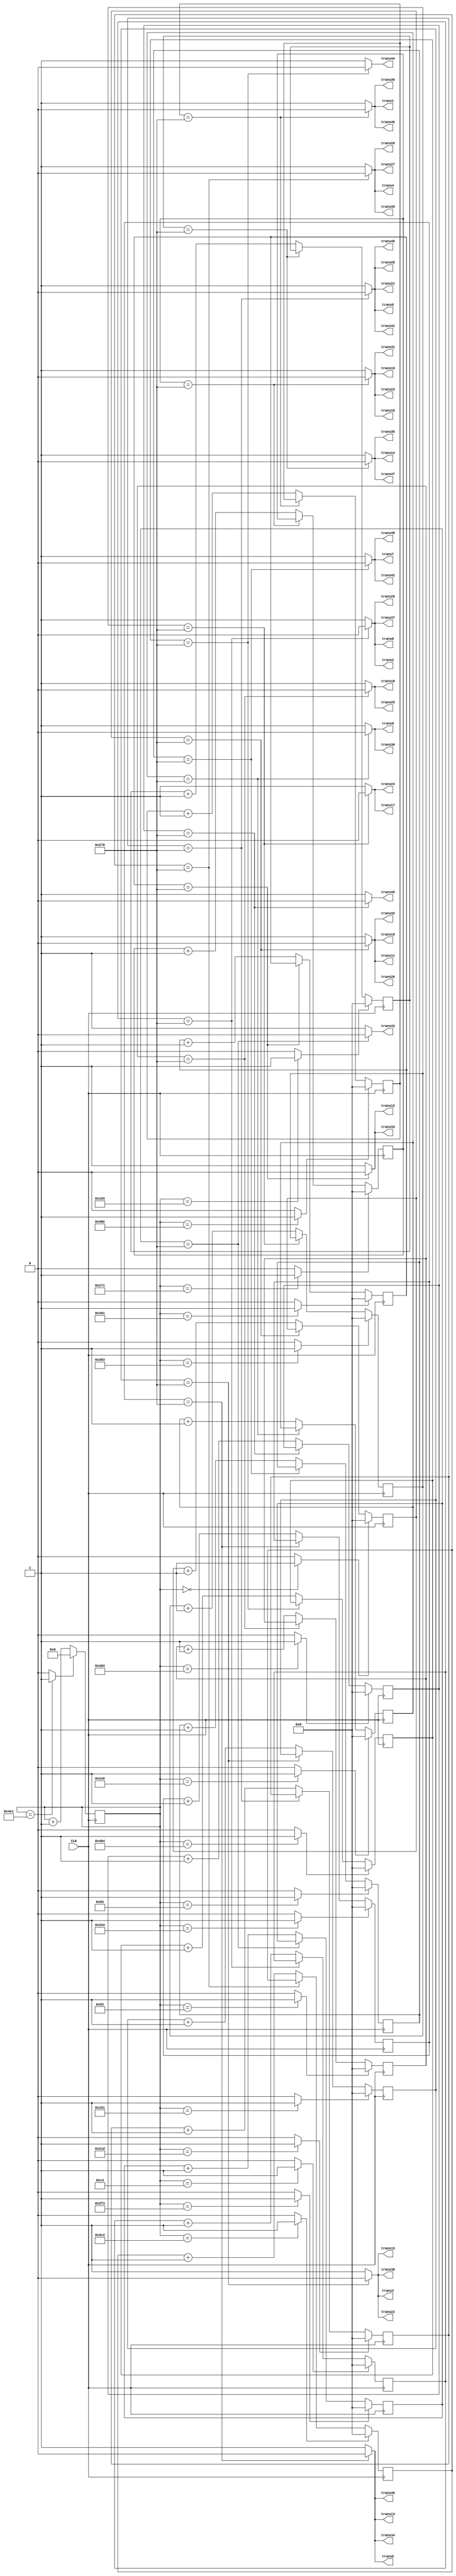
`timescale 1ns / 1ps
//////////////////////////////////////////////////////////////////////////////////
// Company: 
// Engineer: 
// 
// Design Name: 
// Module Name:    twin_trap_fixed_Verilog 
// Project Name: 
// Target Devices: 
// Tool versions: 
// Description: 
//
// Dependencies: 
//
// Revision: 
// Revision 0.01 - File Created
// Additional Comments: 
//
//////////////////////////////////////////////////////////////////////////////////
module twin_trap_fixed_Verilog(
	input CLK,
    output trans1,
    output trans2,
	 output trans3,
	 output trans4,
	 output trans5,
	 output trans6,
	 output trans7,
	 output trans8,
	 output trans9,
	 output trans10,
	 output trans11,
	 output trans12,
	 output trans13,
	 output trans14,
	 output trans15,
	 output trans16,
	 output trans17,
	 output trans18,
	 output trans19,
	 output trans20,
	 output trans21,
	 output trans22,
	 output trans23,
	 output trans24,
	 output trans25,
	 output trans26,
	 output trans27,
	 output trans28,
	 output trans29,
	 output trans30,
	 output trans31,
	 output trans32,
	 output trans33,
	 output trans34,
	 output trans35,
	 output trans36,
	 output trans37,
	 output trans38,
	 output trans39,
	 output trans40,
	 output trans41,
	 output trans42,
	 output trans43,
	 output trans44,
	 output trans45,
	 output trans46,
	 output trans47,
	 output trans48,
	 output trans49
    );

	//define signals
	reg [10:0] pwm_base_reg = 11'h000;
	reg [9:0] pwm1_duty_reg = 10'h000;
	reg [9:0] pwm2_duty_reg = 10'h000;
	reg [9:0] pwm3_duty_reg = 10'h000;
	reg [9:0] pwm4_duty_reg = 10'h000;
	reg [9:0] pwm5_duty_reg = 10'h000;
	reg [9:0] pwm6_duty_reg = 10'h000;
	reg [9:0] pwm7_duty_reg = 10'h000;
	reg [9:0] pwm8_duty_reg = 10'h000;
	reg [9:0] pwm9_duty_reg = 10'h000;
	reg [9:0] pwm10_duty_reg = 10'h000;
	reg [9:0] pwm11_duty_reg = 10'h000;	
	reg [9:0] pwm12_duty_reg = 10'h000;	
	reg [9:0] pwm13_duty_reg = 10'h000;
	reg [9:0] pwm14_duty_reg = 10'h000;
	reg [9:0] pwm15_duty_reg = 10'h000;
	reg [9:0] pwm16_duty_reg = 10'h000;
	reg [9:0] pwm17_duty_reg = 10'h000;
	
	reg [6:0] base_cycle_counter_reg = 7'h00;
	reg [15:0] count_base_reg = 16'h0000;
	
	wire pwm1;
	wire pwm2;
	wire pwm3;
	wire pwm4;
	wire pwm5;
	wire pwm6;
	wire pwm7;
	wire pwm8;
	wire pwm9;
	wire pwm10;
	wire pwm11;
	wire pwm12;
	wire pwm13;
	wire pwm14;
	wire pwm15;
	wire pwm16;
	wire pwm17;
	
	wire pwm1_out;
	wire pwm2_out;
	wire pwm3_out;
	wire pwm4_out;
	wire pwm5_out;
	wire pwm6_out;
	wire pwm7_out;
	wire pwm8_out;
	wire pwm9_out;
	wire pwm10_out;
	wire pwm11_out;
	wire pwm12_out;
	wire pwm13_out;
	wire pwm14_out;
	wire pwm15_out;
	wire pwm16_out;
	wire pwm17_out;
	wire pwmbp;
	

	//PWM Base Cycle Generate
	/* Calculation
		base count = 50[MHz] / 40 [kHz] = 1250
		0 ~ 1249 -> 1250 count
	*/
	always @(posedge CLK) begin  //CB16RE
		if (pwmbp == 1'b1) begin  //R:pwmbp
			pwm_base_reg <= 11'h000;  //h:hexadecimal, assign 0 to all bits
		end
		else begin
			pwm_base_reg <= pwm_base_reg + 1'b1;  //increment
		end
	end
	
	assign pwmbp = (pwm_base_reg[10:0] == 11'd1249) ? 1'b1 : 1'b0;  //COMP16
	
	//focus at 10cm
	assign pwm1 = (pwm_base_reg[10:0] == 11'd0) ? 1'b1 : 1'b0;  //COMP16
	assign pwm2 = (pwm_base_reg[10:0] == 11'd130) ? 1'b1 : 1'b0;  //COMP16
	assign pwm3 = (pwm_base_reg[10:0] == 11'd146) ? 1'b1 : 1'b0;  //COMP16
	assign pwm4 = (pwm_base_reg[10:0] == 11'd195) ? 1'b1 : 1'b0;  //COMP16
	assign pwm5 = (pwm_base_reg[10:0] == 11'd337) ? 1'b1 : 1'b0;  //COMP16
	assign pwm6 = (pwm_base_reg[10:0] == 11'd403) ? 1'b1 : 1'b0;  //COMP16
	assign pwm7 = (pwm_base_reg[10:0] == 11'd480) ? 1'b1 : 1'b0;  //COMP16
	assign pwm8 = (pwm_base_reg[10:0] == 11'd541) ? 1'b1 : 1'b0;  //COMP16
	assign pwm9 = (pwm_base_reg[10:0] == 11'd625) ? 1'b1 : 1'b0;  //COMP16
	assign pwm10 = (pwm_base_reg[10:0] == 11'd755) ? 1'b1 : 1'b0;  //COMP16
   assign pwm11 = (pwm_base_reg[10:0] == 11'd771) ? 1'b1 : 1'b0;  //COMP16
   assign pwm12 = (pwm_base_reg[10:0] == 11'd820) ? 1'b1 : 1'b0;  //COMP16
   assign pwm13 = (pwm_base_reg[10:0] == 11'd962) ? 1'b1 : 1'b0;  //COMP16
   assign pwm14 = (pwm_base_reg[10:0] == 11'd980) ? 1'b1 : 1'b0;  //COMP16
   assign pwm15 = (pwm_base_reg[10:0] == 11'd1028) ? 1'b1 : 1'b0;  //COMP16
   assign pwm16 = (pwm_base_reg[10:0] == 11'd1105) ? 1'b1 : 1'b0;  //COMP16
   assign pwm17 = (pwm_base_reg[10:0] == 11'd1166) ? 1'b1 : 1'b0;  //COMP16


	//PWM Duty Ratio Generate
    always @(posedge CLK) begin  //CB16RE
        if (pwm1 == 1'b1) begin  //R:pwm1
            pwm1_duty_reg <= 11'h000;
        end
        else if (pwm1_out == 1'b1) begin  //CE:pwm1_out
            pwm1_duty_reg <= pwm1_duty_reg + 1'b1;
        end
    end
    
    always @(posedge CLK) begin  //CB16RE
        if (pwm2 == 1'b1) begin  //R:pwm2
            pwm2_duty_reg <= 11'h000;
        end
        else if (pwm2_out == 1'b1) begin  //CE:pwm2_out
            pwm2_duty_reg <= pwm2_duty_reg + 1'b1;
        end
    end
    
    always @(posedge CLK) begin  //CB16RE
        if (pwm3 == 1'b1) begin  //R:pwm3
            pwm3_duty_reg <= 11'h000;
        end
        else if (pwm3_out == 1'b1) begin  //CE:pwm3_out
            pwm3_duty_reg <= pwm3_duty_reg + 1'b1;
        end
    end
    
    always @(posedge CLK) begin  //CB16RE
        if (pwm4 == 1'b1) begin  //R:pwm4
            pwm4_duty_reg <= 11'h000;
        end
        else if (pwm4_out == 1'b1) begin  //CE:pwm4_out
            pwm4_duty_reg <= pwm4_duty_reg + 1'b1;
        end
    end
    
    always @(posedge CLK) begin  //CB16RE
        if (pwm5 == 1'b1) begin  //R:pwm5
            pwm5_duty_reg <= 11'h000;
        end
        else if (pwm5_out == 1'b1) begin  //CE:pwm5_out
            pwm5_duty_reg <= pwm5_duty_reg + 1'b1;
        end
    end
    
    always @(posedge CLK) begin  //CB16RE
        if (pwm6 == 1'b1) begin  //R:pwm6
            pwm6_duty_reg <= 11'h000;
        end
        else if (pwm6_out == 1'b1) begin  //CE:pwm6_out
            pwm6_duty_reg <= pwm6_duty_reg + 1'b1;
        end
    end
    
    always @(posedge CLK) begin  //CB16RE
        if (pwm7 == 1'b1) begin  //R:pwm7
            pwm7_duty_reg <= 11'h000;
        end
        else if (pwm7_out == 1'b1) begin  //CE:pwm7_out
            pwm7_duty_reg <= pwm7_duty_reg + 1'b1;
        end
    end
    
    always @(posedge CLK) begin  //CB16RE
        if (pwm8 == 1'b1) begin  //R:pwm8
            pwm8_duty_reg <= 11'h000;
        end
        else if (pwm8_out == 1'b1) begin  //CE:pwm8_out
            pwm8_duty_reg <= pwm8_duty_reg + 1'b1;
        end
    end
    
    always @(posedge CLK) begin  //CB16RE
        if (pwm9 == 1'b1) begin  //R:pwm9
            pwm9_duty_reg <= 11'h000;
        end
        else if (pwm9_out == 1'b1) begin  //CE:pwm9_out
            pwm9_duty_reg <= pwm9_duty_reg + 1'b1;
        end
    end
    
    always @(posedge CLK) begin  //CB16RE
        if (pwm10 == 1'b1) begin  //R:pwm10
            pwm10_duty_reg <= 11'h000;
        end
        else if (pwm10_out == 1'b1) begin  //CE:pwm10_out
            pwm10_duty_reg <= pwm10_duty_reg + 1'b1;
        end
    end
    
   always @(posedge CLK) begin  //CB16RE
        if (pwm11 == 1'b1) begin  //R:pwm11
            pwm11_duty_reg <= 11'h000;
        end
        else if (pwm11_out == 1'b1) begin  //CE:pwm11_out
            pwm11_duty_reg <= pwm11_duty_reg + 1'b1;
        end
    end

   always @(posedge CLK) begin  //CB16RE
        if (pwm12 == 1'b1) begin  //R:pwm12
            pwm12_duty_reg <= 11'h000;
        end
        else if (pwm12_out == 1'b1) begin  //CE:pwm12_out
            pwm12_duty_reg <= pwm12_duty_reg + 1'b1;
        end
    end

   always @(posedge CLK) begin  //CB16RE
        if (pwm13 == 1'b1) begin  //R:pwm13
            pwm13_duty_reg <= 11'h000;
        end
        else if (pwm13_out == 1'b1) begin  //CE:pwm13_out
            pwm13_duty_reg <= pwm13_duty_reg + 1'b1;
        end
    end

    always @(posedge CLK) begin  //CB16RE
        if (pwm14 == 1'b1) begin  //R:pwm14
            pwm14_duty_reg <= 11'h000;
        end
        else if (pwm14_out == 1'b1) begin  //CE:pwm14_out
            pwm14_duty_reg <= pwm14_duty_reg + 1'b1;
        end
    end
	 
        always @(posedge CLK) begin  //CB16RE
        if (pwm15 == 1'b1) begin  //R:pwm15
            pwm15_duty_reg <= 11'h000;
        end
        else if (pwm15_out == 1'b1) begin  //CE:pwm15_out
            pwm15_duty_reg <= pwm15_duty_reg + 1'b1;
        end
    end
	 
        always @(posedge CLK) begin  //CB16RE
        if (pwm16 == 1'b1) begin  //R:pwm16
            pwm16_duty_reg <= 11'h000;
        end
        else if (pwm16_out == 1'b1) begin  //CE:pwm16_out
            pwm16_duty_reg <= pwm16_duty_reg + 1'b1;
        end
    end
	 
        always @(posedge CLK) begin  //CB16RE
        if (pwm17 == 1'b1) begin  //R:pwm17
            pwm17_duty_reg <= 11'h000;
        end
        else if (pwm17_out == 1'b1) begin  //CE:pwm17_out
            pwm17_duty_reg <= pwm17_duty_reg + 1'b1;
        end
    end
    

	//duty ratio = 50% -> 1250 / 2 = 625
	assign pwm1_out = (pwm1_duty_reg[9:0] == 10'd624) ? 1'b0 : 1'b1;  //COMP16
	assign pwm2_out = (pwm2_duty_reg[9:0] == 10'd624) ? 1'b0 : 1'b1;  //COMP16
	assign pwm3_out = (pwm3_duty_reg[9:0] == 10'd624) ? 1'b0 : 1'b1;  //COMP16
	assign pwm4_out = (pwm4_duty_reg[9:0] == 10'd624) ? 1'b0 : 1'b1;  //COMP16
	assign pwm5_out = (pwm5_duty_reg[9:0] == 10'd624) ? 1'b0 : 1'b1;  //COMP16
	assign pwm6_out = (pwm6_duty_reg[9:0] == 10'd624) ? 1'b0 : 1'b1;  //COMP16
	assign pwm7_out = (pwm7_duty_reg[9:0] == 10'd624) ? 1'b0 : 1'b1;  //COMP16
	assign pwm8_out = (pwm8_duty_reg[9:0] == 10'd624) ? 1'b0 : 1'b1;  //COMP16
	assign pwm9_out = (pwm9_duty_reg[9:0] == 10'd624) ? 1'b0 : 1'b1;  //COMP16
	assign pwm10_out = (pwm10_duty_reg[9:0] == 10'd624) ? 1'b0 : 1'b1;  //COMP16
   assign pwm11_out = (pwm11_duty_reg[9:0] == 10'd624) ? 1'b0 : 1'b1;  //COMP16 
   assign pwm12_out = (pwm12_duty_reg[9:0] == 10'd624) ? 1'b0 : 1'b1;  //COMP16 
   assign pwm13_out = (pwm13_duty_reg[9:0] == 10'd624) ? 1'b0 : 1'b1;  //COMP16 
   assign pwm14_out = (pwm14_duty_reg[9:0] == 10'd624) ? 1'b0 : 1'b1;  //COMP16 
   assign pwm15_out = (pwm15_duty_reg[9:0] == 10'd624) ? 1'b0 : 1'b1;  //COMP16 
   assign pwm16_out = (pwm16_duty_reg[9:0] == 10'd624) ? 1'b0 : 1'b1;  //COMP16 
   assign pwm17_out = (pwm17_duty_reg[9:0] == 10'd624) ? 1'b0 : 1'b1;  //COMP16 
	
	//To transducers
   assign trans1 = pwm17_out;
   assign trans2 = pwm4_out;
   assign trans3 = pwm5_out;
   assign trans4 = pwm13_out;
   assign trans5 = pwm12_out;
   assign trans6 = pwm8_out;
   assign trans7 = pwm2_out;
   assign trans8 = pwm4_out;
   assign trans9 = pwm7_out;
   assign trans10 = pwm9_out;
   assign trans11 = pwm1_out;
   assign trans12 = pwm16_out;
   assign trans13 = pwm12_out;
   assign trans14 = pwm6_out;
   assign trans15 = pwm5_out;
   assign trans16 = pwm9_out;
   assign trans17 = pwm11_out;
   assign trans18 = pwm3_out;
   assign trans19 = pwm1_out;
   assign trans20 = pwm13_out;
   assign trans21 = pwm8_out;
   assign trans22 = pwm5_out;
   assign trans23 = pwm9_out;
   assign trans24 = pwm11_out;
   assign trans25 = pwm3_out;
   assign trans26 = pwm1_out;
   assign trans27 = pwm13_out;
   assign trans28 = pwm8_out;
   assign trans29 = pwm4_out;
   assign trans30 = pwm7_out;
   assign trans31 = pwm9_out;
   assign trans32 = pwm1_out;
   assign trans33 = pwm16_out;
   assign trans34 = pwm12_out;
   assign trans35 = pwm6_out;
   assign trans36 = pwm17_out;
   assign trans37 = pwm4_out;
   assign trans38 = pwm5_out;
   assign trans39 = pwm13_out;
   assign trans40 = pwm12_out;
   assign trans41 = pwm8_out;
   assign trans42 = pwm2_out;
   assign trans43 = pwm10_out;
   assign trans44 = pwm15_out;
   assign trans45 = pwm17_out;
   assign trans46 = pwm8_out;
   assign trans47 = pwm6_out;
   assign trans48 = pwm2_out;
   assign trans49 = pwm14_out;

endmodule